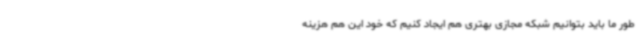
طور ما باید بتوانیم شبکه مجازی بهتری هم ایجاد کنیم که خود این هم هزینه